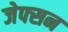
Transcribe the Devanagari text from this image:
जेफ्सन